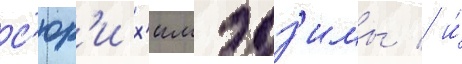
с'юр'и х'имэдз'имы / и́